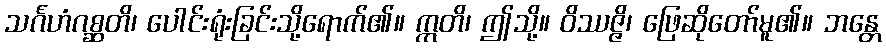
သင်္ဂဟံဂစ္ဆတိ၊ ပေါင်းရုံးခြင်းသို့ရောက်၏။ ဣတိ၊ ဤသို့။ ဝိဿဇ္ဇိ၊ ဖြေဆိုတော်မူ၏။ ဘန္တေ